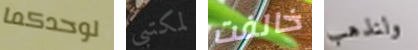
لوحدكما لمكتبي خالفت ولنذهب